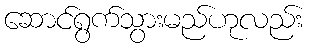
ဆောင်ရွက်သွားမည်ဟုလည်း